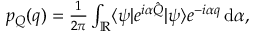
\begin{array} { r } { p _ { Q } ( q ) = \frac { 1 } { 2 \pi } \int _ { \mathbb { R } } \langle \psi | e ^ { i \alpha \hat { Q } } | \psi \rangle e ^ { - i \alpha q } \, \mathrm { d } \alpha , } \end{array}